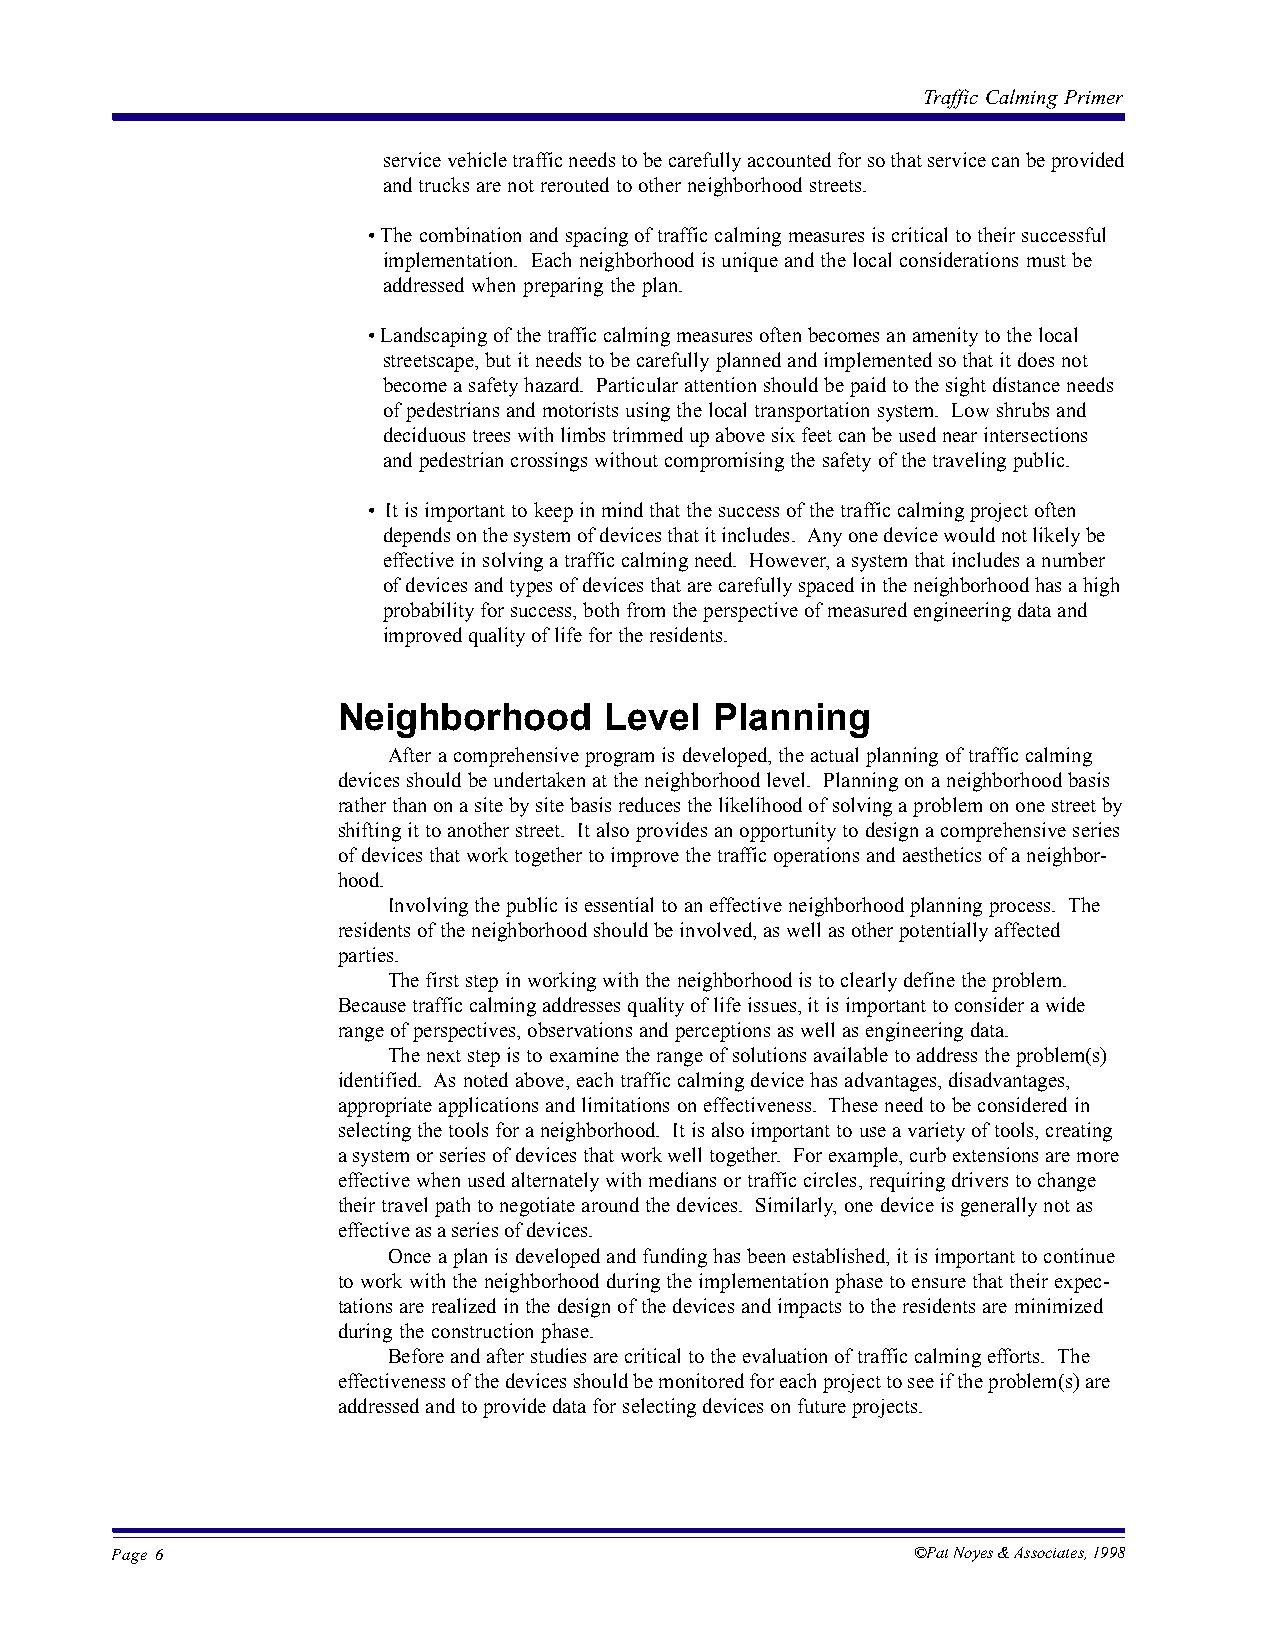
Traffic Calming Primer
 service vehicle traffic needs to be carefully accounted for so that service can be provided
 and trucks are not rerouted to other neighborhood streets.
 • The combination and spacing of traffic calming measures is critical to their successful
 implementation. Each neighborhood is unique and the local considerations must be
 addressed when preparing the plan.
 • Landscaping of the traffic calming measures often becomes an amenity to the local
 streetscape, but it needs to be carefully planned and implemented so that it does not
 become a safety hazard. Particular attention should be paid to the sight distance needs
 of pedestrians and motorists using the local transportation system. Low shrubs and
 deciduous trees with limbs trimmed up above six feet can be used near intersections
 and pedestrian crossings without compromising the safety of the traveling public.
 • It is important to keep in mind that the success of the traffic calming project often
 depends on the system of devices that it includes. Any one device would not likely be
 effective in solving a traffic calming need. However, a system that includes a number
 of devices and types of devices that are carefully spaced in the neighborhood has a high
 probability for success, both from the perspective of measured engineering data and
 improved quality of life for the residents.
 Neighborhood      Level  Planning
 After a comprehensive program is developed, the actual planning of traffic calming
 devices should be undertaken at the neighborhood level. Planning on a neighborhood basis
 rather than on a site by site basis reduces the likelihood of solving a problem on one street by
 shifting it to another street. It also provides an opportunity to design a comprehensive series
 of devices that work together to improve the traffic operations and aesthetics of a neighbor-
 hood.
 Involving the public is essential to an effective neighborhood planning process. The
 residents of the neighborhood should be involved, as well as other potentially affected
 parties.
 The first step in working with the neighborhood is to clearly define the problem.
 Because traffic calming addresses quality of life issues, it is important to consider a wide
 range of perspectives, observations and perceptions as well as engineering data.
 The next step is to examine the range of solutions available to address the problem(s)
 identified. As noted above, each traffic calming device has advantages, disadvantages,
 appropriate applications and limitations on effectiveness. These need to be considered in
 selecting the tools for a neighborhood. It is also important to use a variety of tools, creating
 a system or series of devices that work well together. For example, curb extensions are more
 effective when used alternately with medians or traffic circles, requiring drivers to change
 their travel path to negotiate around the devices. Similarly, one device is generally not as
 effective as a series of devices.
 Once a plan is developed and funding has been established, it is important to continue
 to work with the neighborhood during the implementation phase to ensure that their expec-
 tations are realized in the design of the devices and impacts to the residents are minimized
 during the construction phase.
 Before and after studies are critical to the evaluation of traffic calming efforts. The
 effectiveness of the devices should be monitored for each project to see if the problem(s) are
 addressed and to provide data for selecting devices on future projects.
 Page 6                                                ©Pat Noyes & Associates, 1998